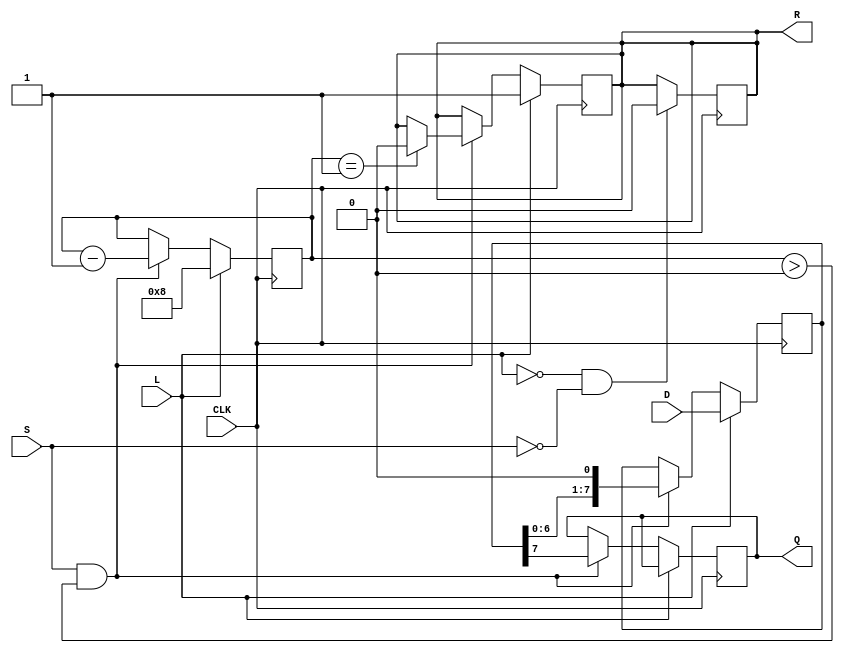
module PISO_Register #(
    parameter WIDTH = 8  // Width of the parallel data input
)(
    input wire [WIDTH-1:0] D,    // Parallel data input
    input wire L,                 // Load signal
    input wire CLK,               // Clock signal
    input wire S,                 // Shift signal
    output reg Q,                 // Serial output
    output reg R                  // Ready signal
);

    reg [WIDTH-1:0] shift_reg;    // Shift register to hold the data
    reg [3:0] bit_count;           // Counter for the number of bits shifted out

    always @(posedge CLK) begin
        if (L) begin
            // Load data into the shift register
            shift_reg <= D;
            bit_count <= WIDTH;    // Set bit count to the width of the data
            R <= 1'b1;             // Indicate that the register is ready to shift
        end else if (S && bit_count > 0) begin
            // Shift data out serially
            Q <= shift_reg[WIDTH-1]; // Output the MSB
            shift_reg <= {shift_reg[WIDTH-2:0], 1'b0}; // Shift left
            bit_count <= bit_count - 1; // Decrement the bit count
            if (bit_count == 1) begin
                R <= 1'b0; // Not ready after the last bit is shifted out
            end
        end
    end

    // Optional: Reset logic (if needed)
    always @(posedge CLK) begin
        if (!L && !S) begin
            // Reset the ready signal when neither load nor shift is active
            R <= 1'b0;
        end
    end

endmodule